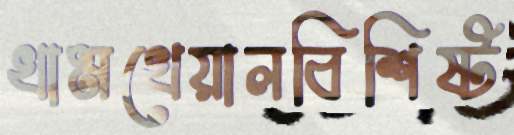
খামখেয়ালবিশিষ্ট